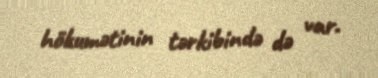
hökumətinin tərkibində də var.